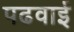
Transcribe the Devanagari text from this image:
पढवाई